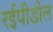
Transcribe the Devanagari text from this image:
रईपीडोल